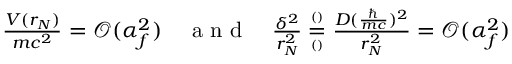
\begin{array} { r } { \frac { V ( r _ { N } ) } { m c ^ { 2 } } = \mathcal O ( \alpha _ { f } ^ { 2 } ) \quad \textrm { a n d } \quad \frac { \delta ^ { 2 } } { r _ { N } ^ { 2 } } \overset { ^ { ( ) } } { \underset { ^ { ( ) } } { = } } \frac { D ( \frac { \hbar } { m c } ) ^ { 2 } } { r _ { N } ^ { 2 } } = \mathcal O ( \alpha _ { f } ^ { 2 } ) } \end{array}